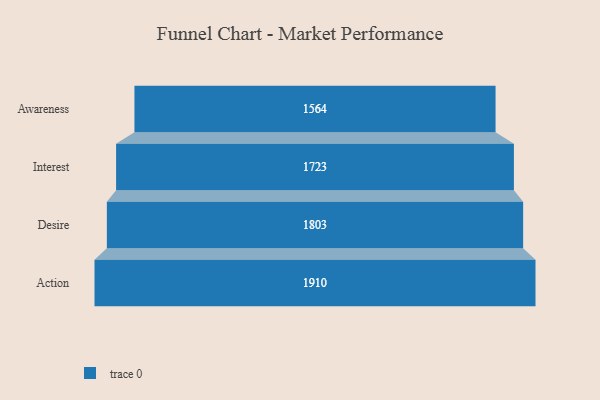
{"axis": {"x": "Stage", "y": "Value"}, "legend": [""], "data": [{"x": "Awareness", "y": 1564.0, "type": ""}, {"x": "Interest", "y": 1723.0, "type": ""}, {"x": "Desire", "y": 1803.0, "type": ""}, {"x": "Action", "y": 1910.0, "type": ""}]}